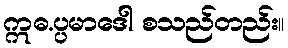
ဣဓ.ပ္ပမာဒေါ စသည်တည်း။